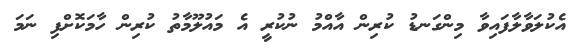
އެކުލަވާލާފައިވާ މިންގަނޑު ކުރިން އާއްމު ނުކުރީ އެ މައުލޫމާތު ކުރިން ހާމަކޮށްފި ނަމަ